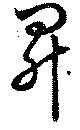
昇